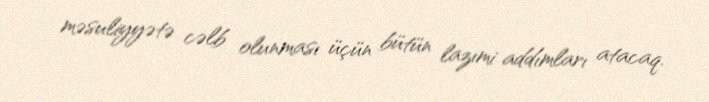
məsuliyyətə cəlb olunması üçün bütün lazımi addımları atacaq.